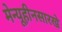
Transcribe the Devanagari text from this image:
मेन्यूहीनसारखे